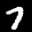
Label: 7